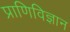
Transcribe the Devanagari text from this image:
प्राणिविज्ञान